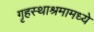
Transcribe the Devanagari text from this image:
गृहस्थाश्रमामध्ये